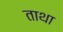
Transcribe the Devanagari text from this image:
ताथा